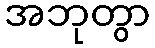
အဘုတွာ